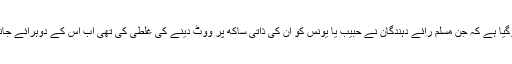
بی جے پی کو اندازہ ہوگیا ہے کہ جن مسلم رائے دہندگان نے حبیب یا یونس کو ان کی ذاتی ساکھ پر ووٹ دینے کی غلطی کی تھی اب اس کے دوہرائے جانے کا امکان ندارد ہے۔